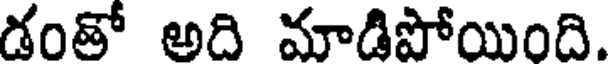
డంతో అది మాడిపోయింది.